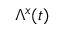
\Lambda ^ { x } ( t )